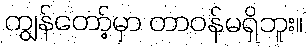
ကျွန်တော့်မှာ တာဝန်မရှိဘူး။